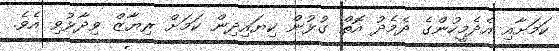
ކަމަށާއި އެދެމީހުންގެ ދެމެދު އޮތް ގުޅުން ކިޔައިދިން ކަމަށް ރިޔާޒް ވިދާޅުވި އެވެ.